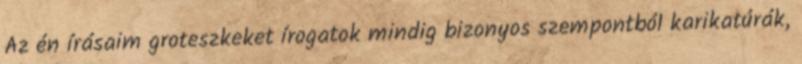
Az én írásaim groteszkeket írogatok mindig bizonyos szempontból karikatúrák,